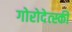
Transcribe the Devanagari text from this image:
गोरोदेत्स्की